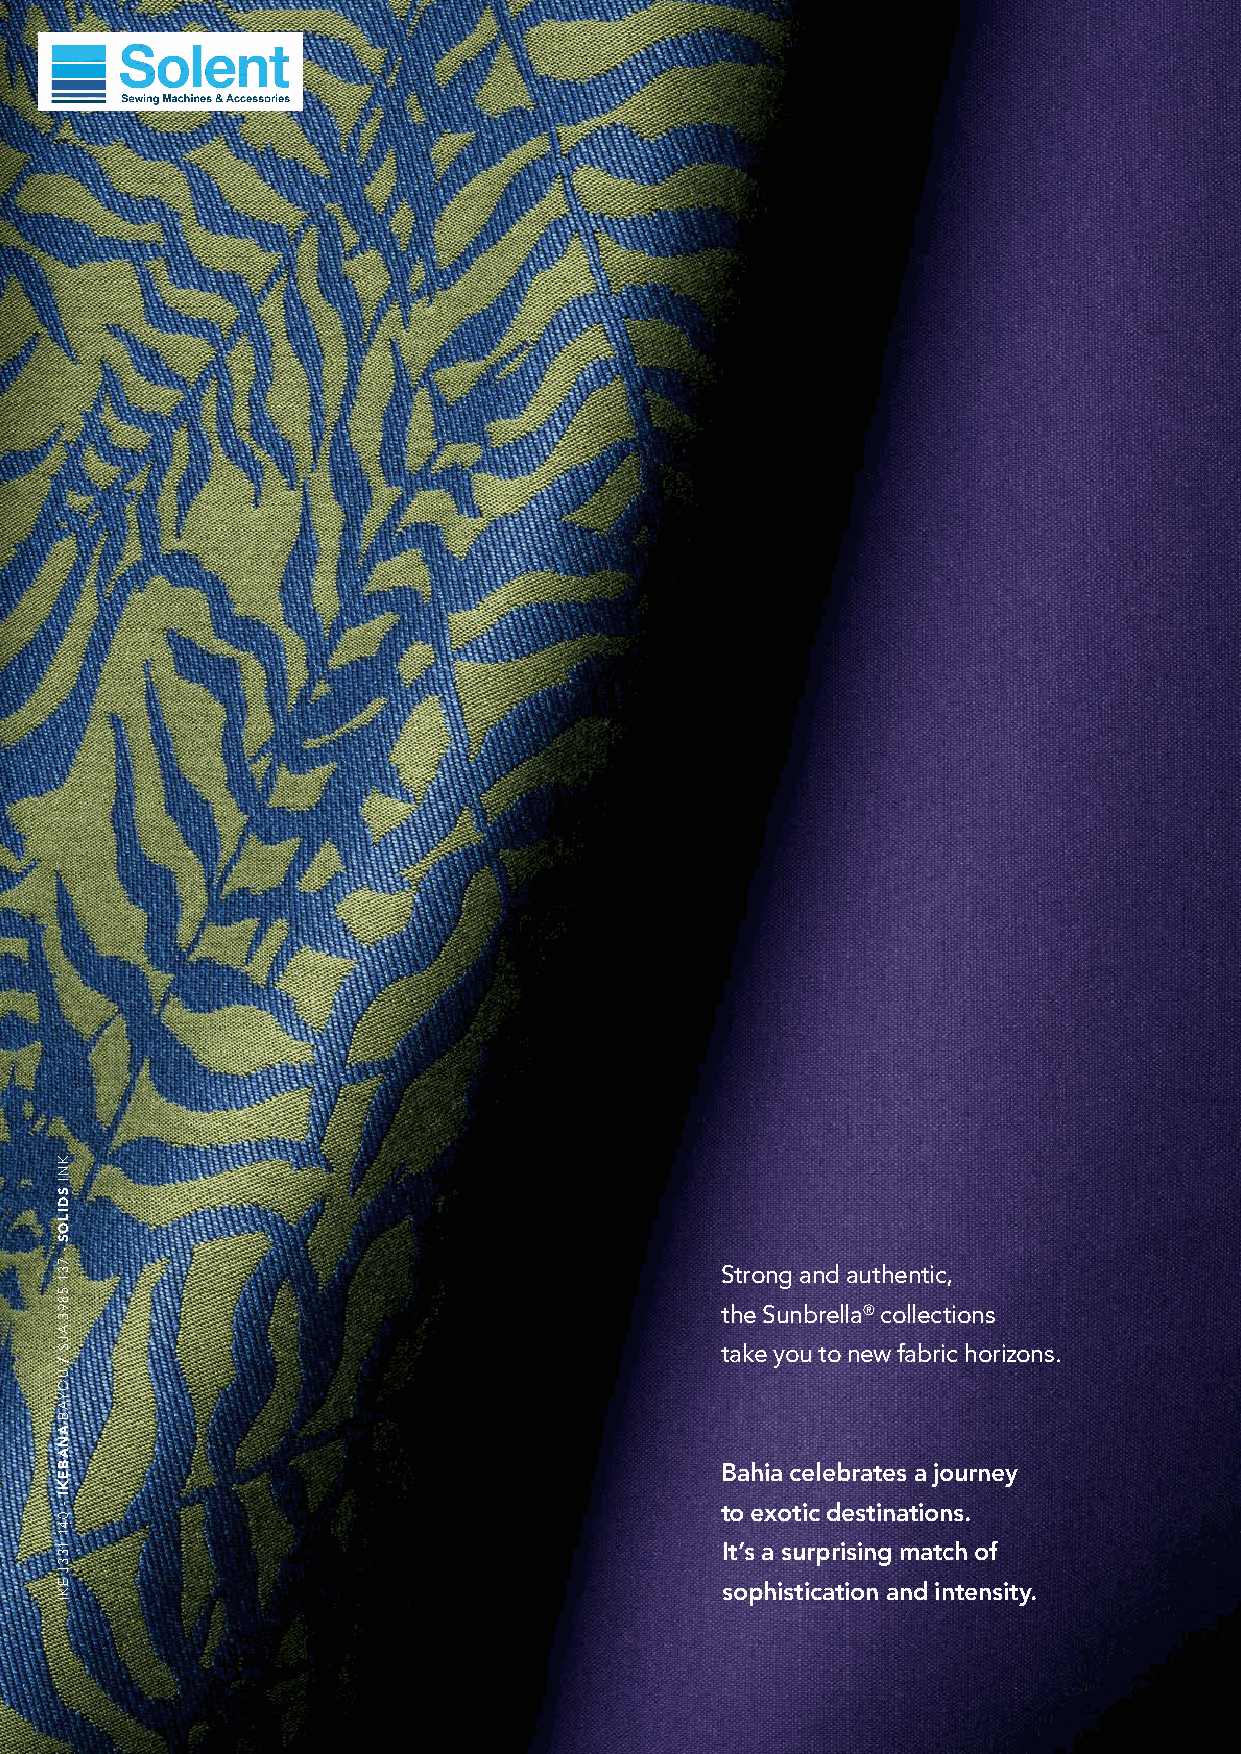
Strong and authentic,
 the Sunbrella® collections
 take you to new fabric horizons.
 Bahia celebrates a journey
 to exotic destinations.
 It’s a surprising match of
 sophistication and intensity.
 KNI
 SDILOS
 -
 731
 5893
 AJS
 /
 UOYAB
 ANABEKI
 -
 041
 133J
 EKI